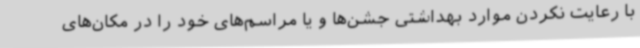
با رعایت نکردن موارد بهداشتی جشن‌ها و یا مراسم‌های خود را در مکان‌های